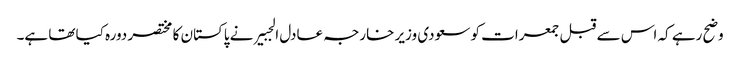
وضح رہے کہ اس سے قبل جمعرات کو سعودی وزیر خارجہ عادل الجبیر نے پاکستان کا مختصر دورہ کیا تھا ہے۔